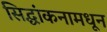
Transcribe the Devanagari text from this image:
सिद्धांकनामधून